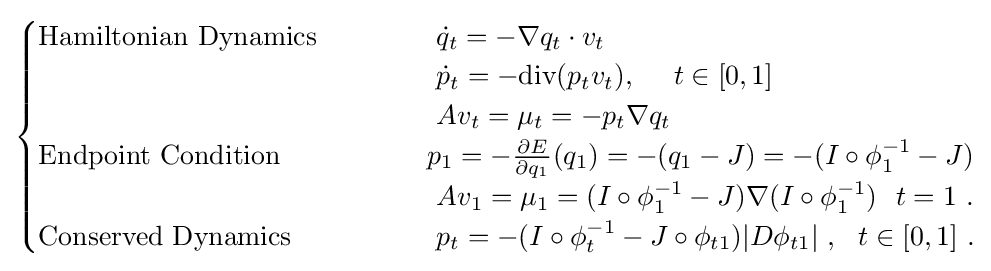
{\begin{cases}{\text{Hamiltonian Dynamics}}&\ \ \ \ \ \ \ \ \ \ {\dot {q}}_{t}=-\nabla q_{t}\cdot v_{t}\\&\ \ \ \ \ \ \ \ \ \ {\dot {p}}_{t}=-{\text{div}}(p_{t}v_{t}),\ \ \ \ t\in [0,1]\\&\ \ \ \ \ \ \ \ \ \ Av_{t}=\mu _{t}=-p_{t}\nabla q_{t}\\{\text{Endpoint Condition}}&\ \ \ \ \ \ \ \ \ p_{1}=-{\frac {\partial E}{\partial q_{1}}}(q_{1})=-(q_{1}-J)=-(I\circ \phi _{1}^{-1}-J)\\&\ \ \ \ \ \ \ \ \ \ Av_{1}=\mu _{1}=(I\circ \phi _{1}^{-1}-J)\nabla (I\circ \phi _{1}^{-1})\ \ t=1\ .\\{\text{Conserved Dynamics}}&\ \ \ \ \ \ \ \ \ \ p_{t}=-(I\circ \phi _{t}^{-1}-J\circ \phi _{t1})|D\phi _{t1}|\ ,\ \ t\in [0,1]\ .\\\end{cases}}